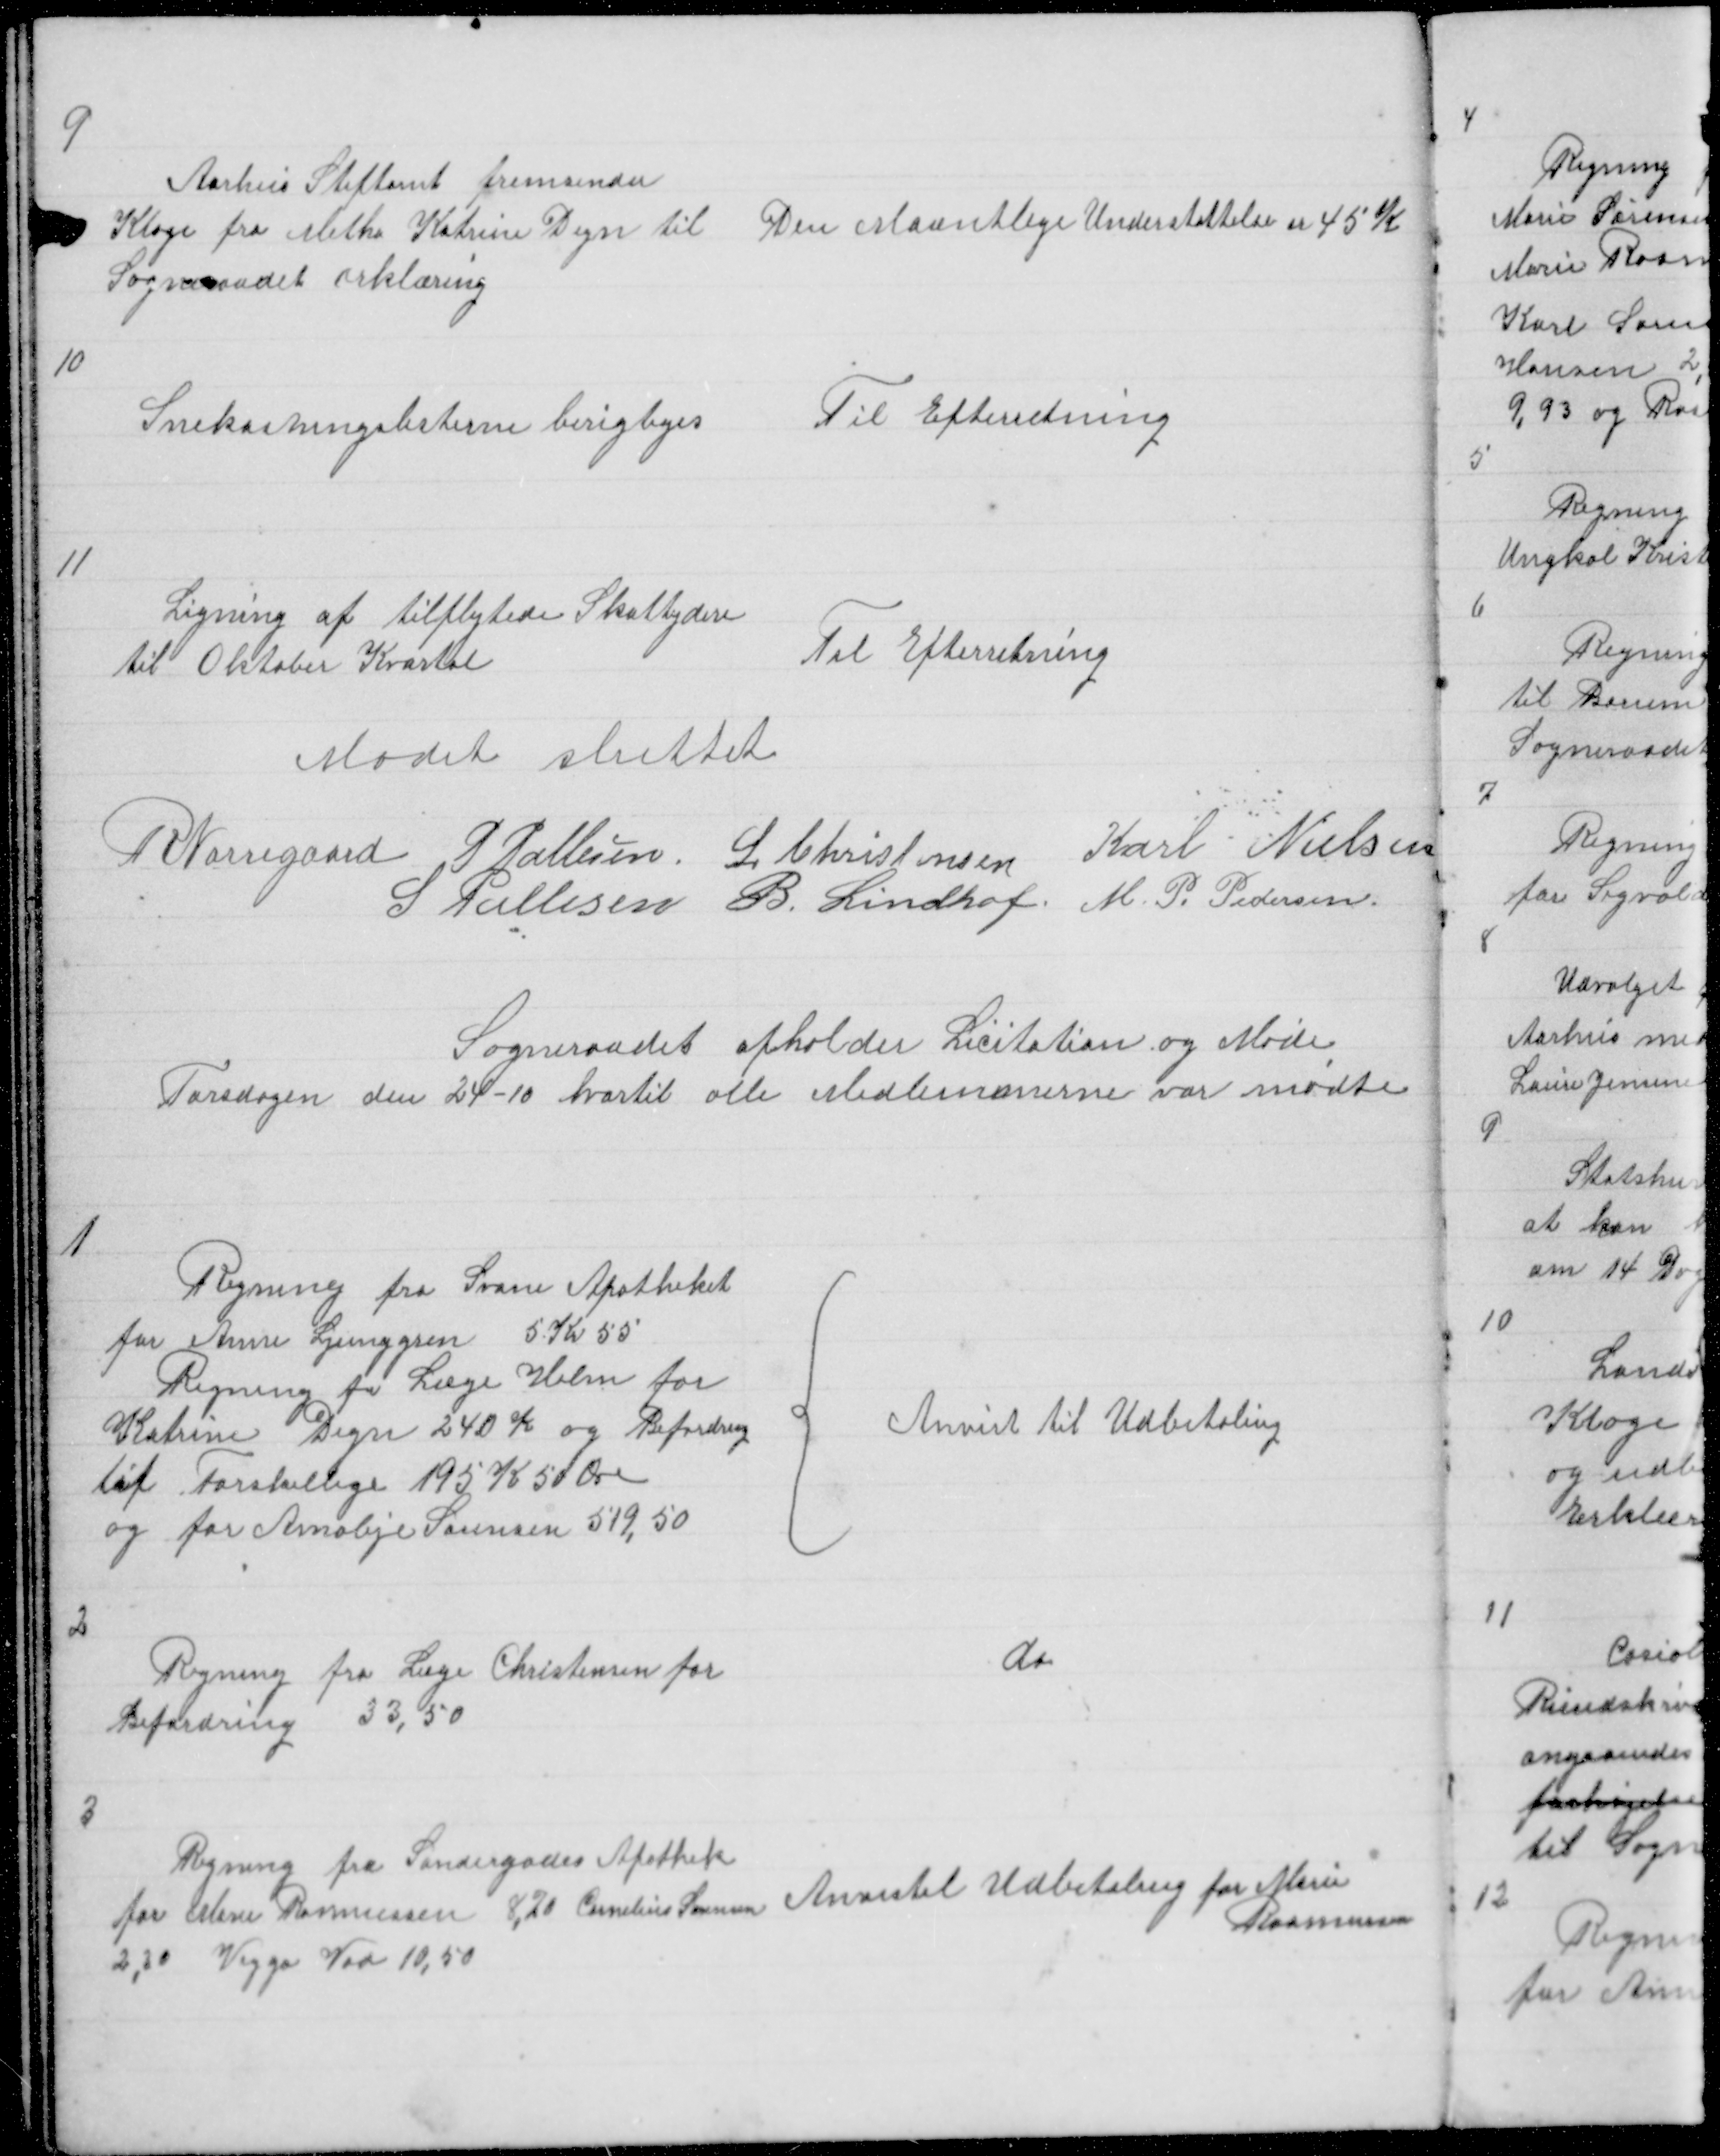
Transskription:
9

Aarhus Stiftamt fremsender
Klage fra Metha Katrine Degn til
Sogneraadet erklæring

Den Maantlig Understøttelse er 45 K

10

Snekastningslisterne berigtiges

Til Efterretning

11

Ligning af tilflytede Skattydere
til Oktober Kvartal

Til Efterretning

Mødet sluttet

R Nørregaard P Pallesen L Christensen Karl Nielsen
S Pallesen B. Lindhof M. P. Pedersen

Sogneraadet afholder Licitation og Møde
Torsdagen den 24 - 10 hvortil alle Medlemmerne var mødte

1

Regning fra Svane Apotheket
for Anne Ljunggren 5 Kr 55
Regning fra Læge Holm for
Katrine Degn 240 K og Befordring
til forskellige 195 K 50 Øre
og for Amalije Sørensen 519,50

{
Anvist til Udbetaling

2

Regning fra Læge Christensen for
Befordring 33,50

do

3

Regning fra Søndergades Apothek
for Marie Rasmussen 8,70 Cornelius Sørensen
2,30 Viggo Vad 10,50

Anvistil Udbetaling for Marie
Rasmussen